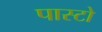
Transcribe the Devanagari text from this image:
पास्टो